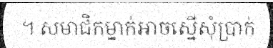
។ សមាជិកម្នាក់អាចស្នើសុំប្រាក់